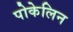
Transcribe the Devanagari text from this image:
पोकेलिन